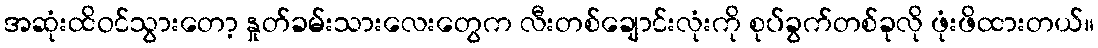
အဆုံးထိဝင်သွားတော့ နှုတ်ခမ်းသားလေးတွေက လီးတစ်ချောင်းလုံးကို စုပ်ခွက်တစ်ခုလို ဖုံးဖိထားတယ်။